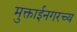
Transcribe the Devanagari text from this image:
मुक्ताईनगरच्य